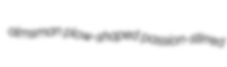
almsman plow-shaped passion-stirred